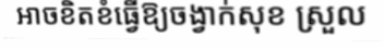
អាចខិតខំធ្វើឱ្យចង្វាក់សុខ ស្រួល